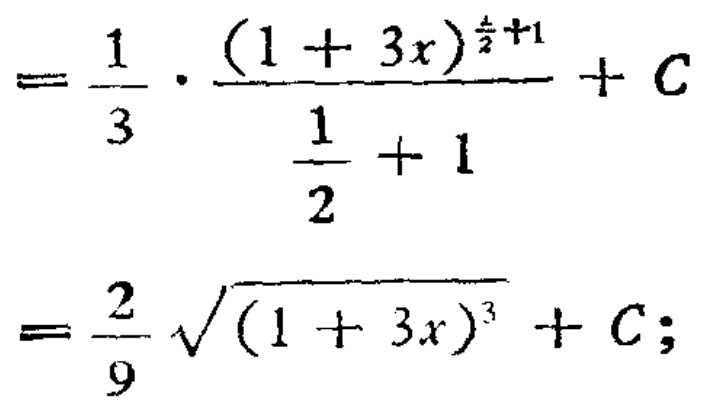
\[
\begin{align*}
&=\frac{1}{3}\cdot\frac{(1 + 3x)^{\frac{1}{2}+1}}{\frac{1}{2}+1}+C\\
&=\frac{2}{9}\sqrt{(1 + 3x)^{3}}+C;
\end{align*}
\]